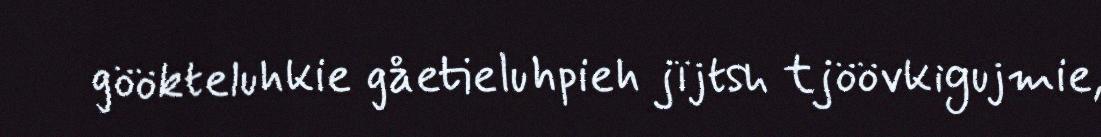
göökteluhkie gåetieluhpieh jïjtsh tjöövkigujmie,